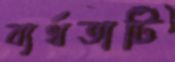
ব্যর্থতাটি